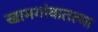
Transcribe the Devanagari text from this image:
खामगांवातल्या